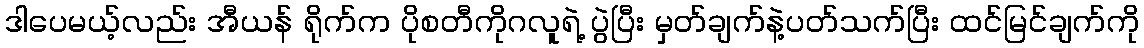
ဒါပေမယ့်လည်း အီယန် ရိုက်က ပိုစတီကိုဂလူရဲ့ ပွဲပြီး မှတ်ချက်နဲ့ပတ်သက်ပြီး ထင်မြင်ချက်ကို